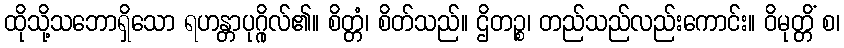
ထိုသို့သဘောရှိသော ရဟန္တာပုဂ္ဂိုလ်၏။ စိတ္တံ၊ စိတ်သည်။ ဌိတဉ္စ၊ တည်သည်လည်းကောင်း။ ဝိမုတ္တိံ စ၊